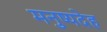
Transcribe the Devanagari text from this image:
मनुष्यदेह